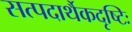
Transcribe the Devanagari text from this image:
सत्पदार्थैकदृष्टिः